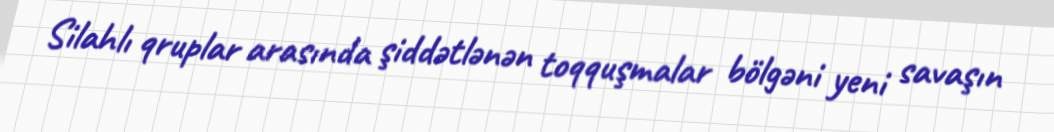
Silahlı qruplar arasında şiddətlənən toqquşmalar bölgəni yeni savaşın